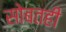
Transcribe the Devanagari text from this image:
सोबतही